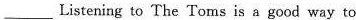
___ Listening to The Toms is a good way to